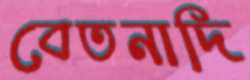
বেতনাদি